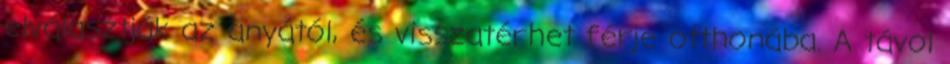
elválasztják az anyától, és visszatérhet férje otthonába. A távol